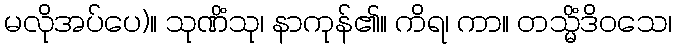
မလိုအပ်ပေ)။ သုဏိံသု၊ နာကုန်၏။ ကိရ၊ ကာ။ တသ္မိံဒိဝသေ၊